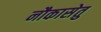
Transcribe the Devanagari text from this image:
नौकासेतु